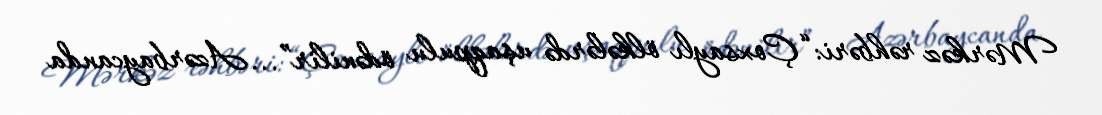
Mərkəz rəhbəri: “Çoxsaylı ölkələrdə uşaqpulu ödənilir”... Azərbaycanda